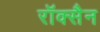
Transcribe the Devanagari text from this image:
रॉक्सैन